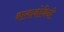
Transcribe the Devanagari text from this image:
बालाबोधिनी